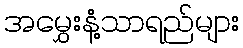
အမွှေးနံ့သာရည်များ